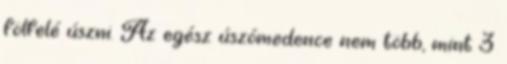
fölfelé úszni. Az egész úszómedence nem több, mint 3